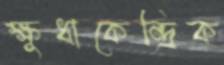
ক্ষুধাকেন্দ্রিক